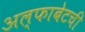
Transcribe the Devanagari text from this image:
अल्फाबेटची